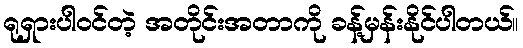
ရုရှားပါဝင်တဲ့ အတိုင်းအတာကို ခန့်မှန်းနိုင်ပါတယ်။